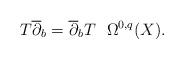
LaTeX: \begin{align*}T\overline\partial_b=\overline\partial_bT~~\Omega^{0,q}(X).\end{align*}